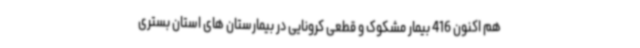
هم اکنون 416 بیمار مشکوک و قطعی کرونایی در بیمارستان های استان بستری